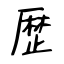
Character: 歴